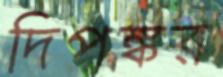
দিপঙ্কর